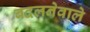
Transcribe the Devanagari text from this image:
बदलनेवाले